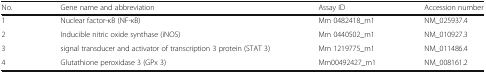
<table><thead><tr><td><b>No.</b></td><td><b>Gene name and abbreviation</b></td><td><b>Assay ID</b></td><td><b>Accession number</b></td></tr></thead><tbody><tr><td>1</td><td>Nuclear factor-κB (NF-κB)</td><td>Mm 0482418_m1</td><td>NM_025937.4</td></tr><tr><td>2</td><td>Inducible nitric oxide synthase (iNOS)</td><td>Mm 0440502_m1</td><td>NM_010927.3</td></tr><tr><td>3</td><td>signal transducer and activator of transcription 3 protein (STAT 3)</td><td>Mm 1219775_m1</td><td>NM_011486.4</td></tr><tr><td>4</td><td>Glutathione peroxidase 3 (GPx 3)</td><td>Mm00492427_m1</td><td>NM_008161.2</td></tr></tbody></table>